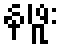
နဖူး